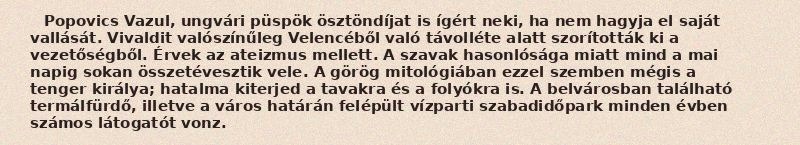
Popovics Vazul, ungvári püspök ösztöndíjat is ígért neki, ha nem hagyja el saját vallását. Vivaldit valószínűleg Velencéből való távolléte alatt szorították ki a vezetőségből. Érvek az ateizmus mellett. A szavak hasonlósága miatt mind a mai napig sokan összetévesztik vele. A görög mitológiában ezzel szemben mégis a tenger királya; hatalma kiterjed a tavakra és a folyókra is. A belvárosban található termálfürdő, illetve a város határán felépült vízparti szabadidőpark minden évben számos látogatót vonz.